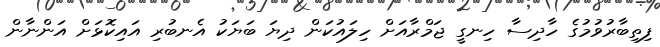
ފިތިބާރުވުމުގެ ހާދިސާ ހިނގީ ޖަމްރާއަށް ހިލައުކަން ދިޔަ ބަޔަކު އެނބުރި އައިކޮޅަށް އަންނާން